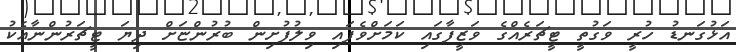
އަޅުގަނޑު ހުރީ ވަގުތީ ޓީޗަރެއްގެ ވަޒީފާގައި ކަމަށްވެފައި ވިލުފުށިން ބުރުންޏަށް ދިޔަ ޓީޗަރުންނާއެކު